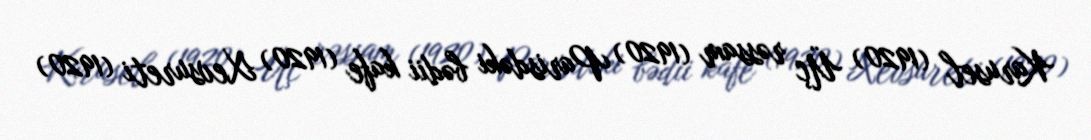
Karusel (1920) Üç rəssam (1920) Parisdəki bədii kafe (1920) Xevsureti (1920)